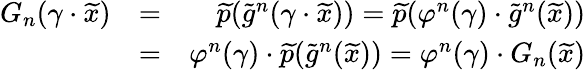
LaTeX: \begin{array}{rlr}{G_{n}(\gamma\cdot\widetilde{x})}&{=}&{\widetilde{p}(\widetilde{g}^{n}(\gamma\cdot\widetilde{x}))=\widetilde{p}(\varphi^{n}(\gamma)\cdot\widetilde{g}^{n}(\widetilde{x}))}\\ &{=}&{\varphi^{n}(\gamma)\cdot\widetilde{p}(\widetilde{g}^{n}(\widetilde{x}))=\varphi^{n}(\gamma)\cdot G_{n}(\widetilde{x})}\end{array}